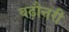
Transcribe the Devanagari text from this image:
बढ़ौत्तरी